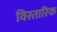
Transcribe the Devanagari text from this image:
विस्तारिक